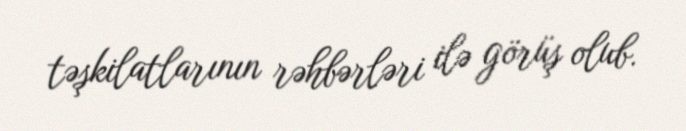
təşkilatlarının rəhbərləri ilə görüş olub.